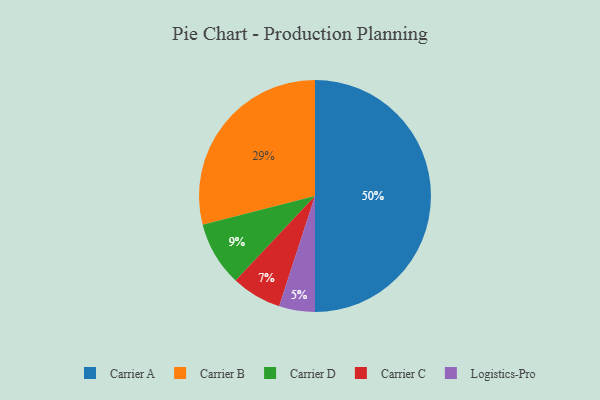
{"axis": {"x": "Category", "y": "Percentage"}, "legend": ["Carrier A", "Carrier B", "Carrier C", "Carrier D", "Logistics-Pro"], "data": [{"x": "Carrier B", "y": 29, "type": "Carrier B"}, {"x": "Carrier A", "y": 50, "type": "Carrier A"}, {"x": "Carrier C", "y": 7, "type": "Carrier C"}, {"x": "Logistics-Pro", "y": 5, "type": "Logistics-Pro"}, {"x": "Carrier D", "y": 9, "type": "Carrier D"}]}